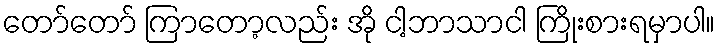
တော်တော် ကြာတော့လည်း အို ငါ့ဘာသာငါ ကြိုးစားရမှာပါ။